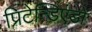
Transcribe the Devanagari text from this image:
प्रिटेन्डिएंडो